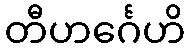
တီဟင်္ဂေဟိ